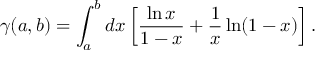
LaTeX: \gamma ( a , b ) = \int _ { a } ^ { b } d x \left[ \frac { \ln x } { 1 - x } + \frac { 1 } { x } \ln ( 1 - x ) \right] .